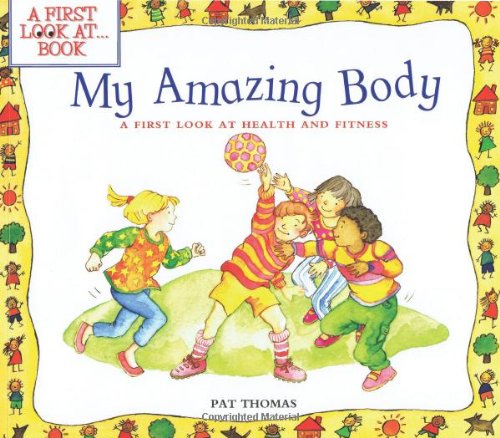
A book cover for My Amazing Body: A First Look at Health and Fitness ("A First Look At..." Series); Pat Thomas; Health, Fitness & Dieting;